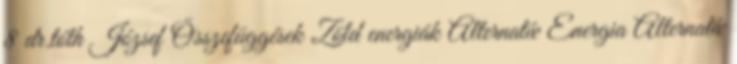
8 dr.tóth József Összefüggések Zöld energiák Alternatív Energia Alternatív